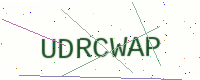
Text: UDRCWAP